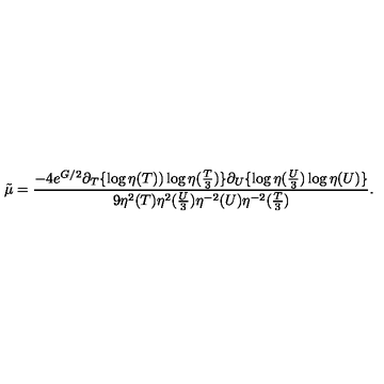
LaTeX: { \tilde { \mu } } = \frac { - 4 e ^ { G / 2 } \partial _ { T } \{ \log \eta ( T ) ) \log \eta ( \frac { T } { 3 } ) \} \partial _ { U } \{ \log \eta ( \frac { U } { 3 } ) \log \eta ( U ) \} } { 9 \eta ^ { 2 } ( T ) \eta ^ { 2 } ( \frac { U } { 3 } ) \eta ^ { - 2 } ( U ) \eta ^ { - 2 } ( \frac { T } { 3 } ) } .